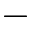
-